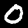
Digit: 0